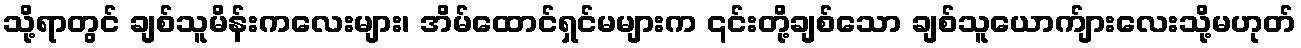
သို့ရာတွင် ချစ်သူမိန်းကလေးများ၊ အိမ်ထောင်ရှင်မများက ၎င်းတို့ချစ်သော ချစ်သူယောက်ျားလေးသို့မဟုတ်